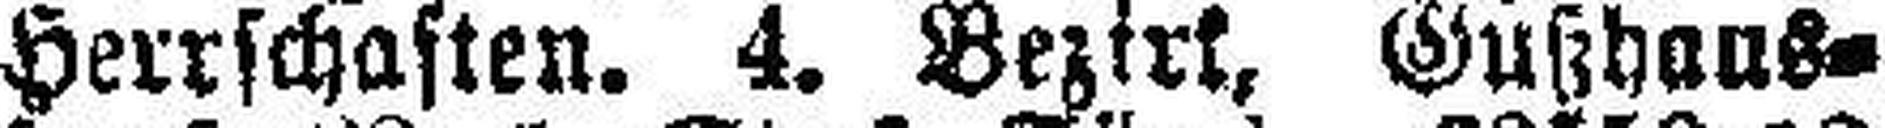
Herrschaften. 4. Bezirk, Gußhaus¬